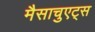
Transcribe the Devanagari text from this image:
मैसाचुएट्स